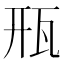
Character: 㼛